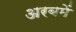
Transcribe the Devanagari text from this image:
अरबमें